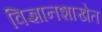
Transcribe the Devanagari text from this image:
विज्ञानशाखेत